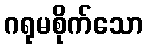
ဂရုမစိုက်သော